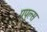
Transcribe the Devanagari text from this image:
पूपुल्स